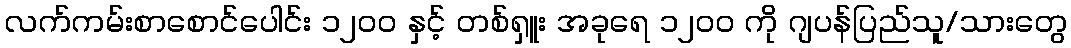
လက်ကမ်းစာစောင်ပေါင်း ၁၂၀၀ နှင့် တစ်ရှူး အခုရေ ၁၂၀၀ ကို ဂျပန်ပြည်သူ/သားတွေ